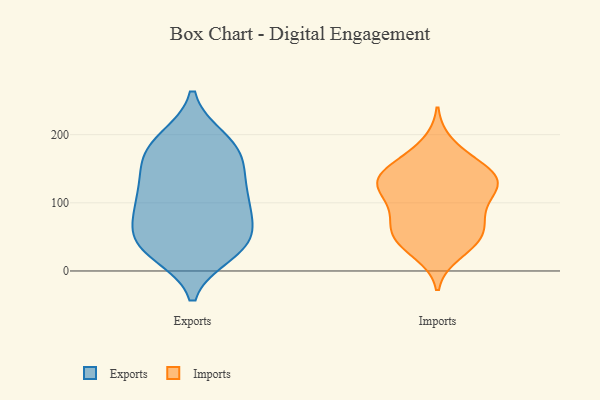
{"axis": {"x": "Revenue (USD Million)", "y": "Value"}, "legend": ["Exports", "Imports"], "data": [{"x": "", "y": 121, "type": "Exports"}, {"x": "", "y": 195, "type": "Exports"}, {"x": "", "y": 66, "type": "Exports"}, {"x": "", "y": 35, "type": "Exports"}, {"x": "", "y": 98, "type": "Exports"}, {"x": "", "y": 109, "type": "Exports"}, {"x": "", "y": 61, "type": "Exports"}, {"x": "", "y": 30, "type": "Exports"}, {"x": "", "y": 35, "type": "Exports"}, {"x": "", "y": 25, "type": "Exports"}, {"x": "", "y": 186, "type": "Exports"}, {"x": "", "y": 159, "type": "Exports"}, {"x": "", "y": 106, "type": "Exports"}, {"x": "", "y": 163, "type": "Exports"}, {"x": "", "y": 41, "type": "Exports"}, {"x": "", "y": 97, "type": "Exports"}, {"x": "", "y": 194, "type": "Exports"}, {"x": "", "y": 165, "type": "Exports"}, {"x": "", "y": 144, "type": "Exports"}, {"x": "", "y": 66, "type": "Exports"}, {"x": "", "y": 55, "type": "Imports"}, {"x": "", "y": 52, "type": "Imports"}, {"x": "", "y": 26, "type": "Imports"}, {"x": "", "y": 160, "type": "Imports"}, {"x": "", "y": 128, "type": "Imports"}, {"x": "", "y": 84, "type": "Imports"}, {"x": "", "y": 141, "type": "Imports"}, {"x": "", "y": 45, "type": "Imports"}, {"x": "", "y": 88, "type": "Imports"}, {"x": "", "y": 115, "type": "Imports"}, {"x": "", "y": 128, "type": "Imports"}, {"x": "", "y": 120, "type": "Imports"}, {"x": "", "y": 37, "type": "Imports"}, {"x": "", "y": 79, "type": "Imports"}, {"x": "", "y": 186, "type": "Imports"}, {"x": "", "y": 131, "type": "Imports"}, {"x": "", "y": 126, "type": "Imports"}, {"x": "", "y": 159, "type": "Imports"}, {"x": "", "y": 143, "type": "Imports"}, {"x": "", "y": 62, "type": "Imports"}]}